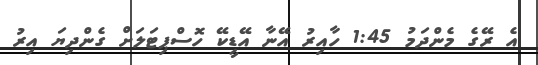
އެ ރޭގެ މެންދަމު 1:45 ހާއިރު އޭނާ އޭޑީކޭ ހޮސްޕިޓަލަށް ގެންދިޔަ އިރު